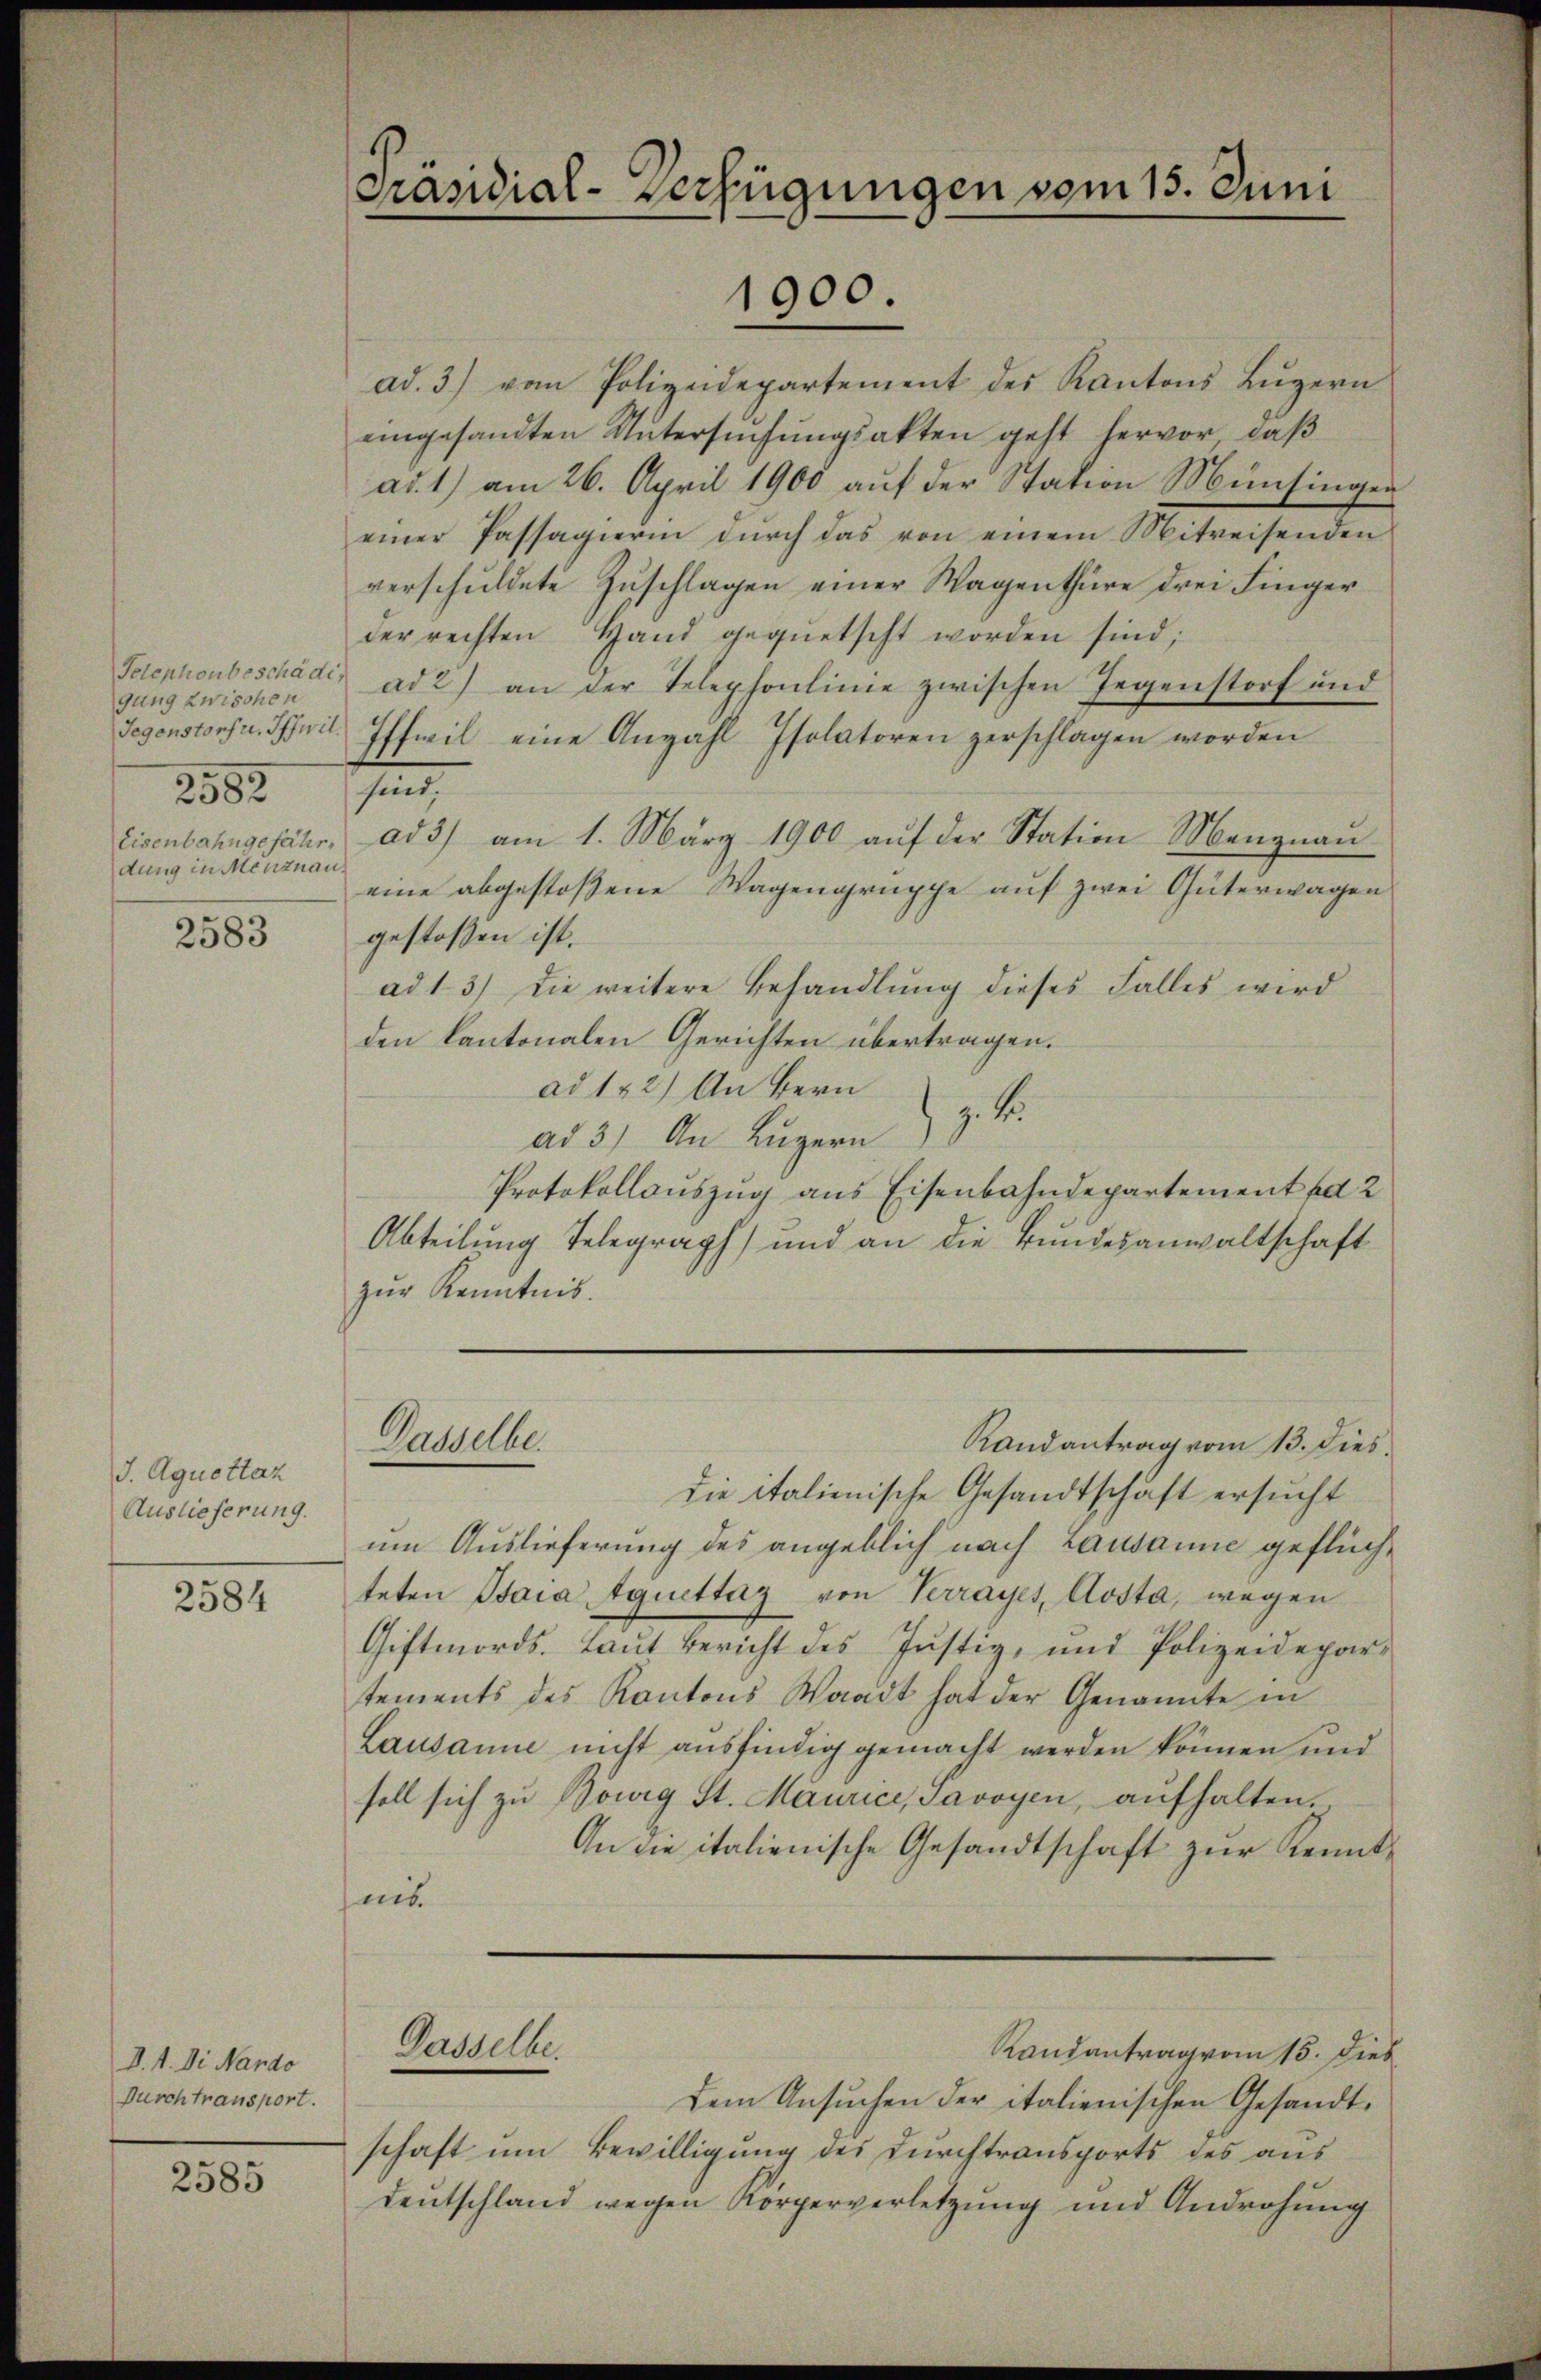
Telephonbeschäde
gung zwischen
Tegenstorfu, Iffwil.
2582
Eisenbahngefährdung in Menznau

2583

J. Aguottaz
Auslieferung.

2584

D. 1. Die Nando
Durch transport.

2585

Präsidial-Verfügungen vom 15. Juni
1900.

ad. 3.) vom Polizeidepartement des Kantons Lŭzern
eingesandten Untersuchungsakten geht hervor, daß
ad. 1) am 26. April 1900 aŭf der Station Münsinger
einer Passagierin durch das von einem Mitweisenden
verschŭldete Zŭschlagen einer Wagenthüre drei Finger
der rechten Hand gegnetscht worden sind;
ad 2) an der Telephonlinie zwischen Gegenstorf und
Iffwil eine Anzahl Isolatoren zerschlagen worden
sind,
ad3) am 1. März 1900 aŭf der Station Menznau
eine abgestossene Wagengruppe auf zwei Güterwagen
gestoßen ist.
ad 1. 3) die weitere Behandlung dieses Falles wird
den kantonalen Gerichten übertragen.
ad 152) An Bern
ad 3) An Luzern z. B.
Protokollauszug aus Eisenbahndepartement ad 2
Abteilung Telegraph) und an die Bundesanwaltschaft
zur Kenntnis.
Dasselbe.
Randantrag vom 13. dies.
die italienische Gesandtschaft ersucht
um Auslieferung des angeblich nach Lausanne geflüchteten Barasquittag von Verrayes, Aosta, wegen
Giftmords. Laut Bericht des Justiz- und Polizeidepar-
tements des Kantons Waadt hat der Genannte in
Lausanne nicht ausfindig gemacht werden können und
soll sich zŭ Bourg St. Maurice, Savoyen, aŭfhalten.
An die italienische Gesandtschaft zur Kenntnis.
Gasselbe.
Randantrag vom 15. Dieb
Dem Ansŭchen der italienischen Gesandt-
schaft um Bewilligung des Durchtransports des aus
Deutschland wegen Körperverletzung und Androhung